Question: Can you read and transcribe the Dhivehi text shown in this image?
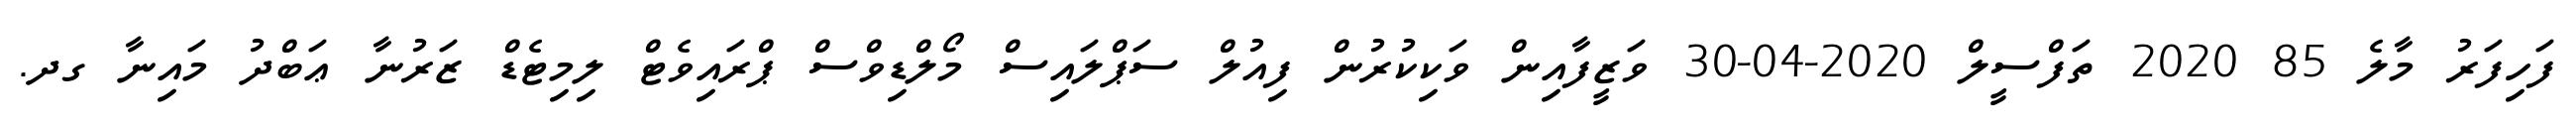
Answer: ފަހިފަރު މާލެ 85 2020 ތަފްސީލް 2020-04-30 ވަޒީފާއިން ވަކިކުރުން ފިއުލް ސަޕްލައިސް މޯލްޑިވްސް ޕްރައިވެޓް ލިމިޓެޑް ޒަރުނާ ޢަބްދު މައިނާ ގދ.